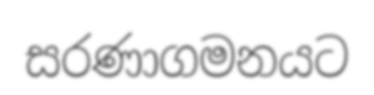
සරණාගමනයට